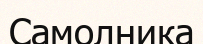
Самолника